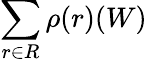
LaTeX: \sum_{r\in R}\rho(r)(W)